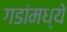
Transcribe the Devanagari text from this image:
गडांमध्ये